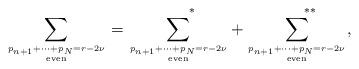
LaTeX: \begin{align*}\sum_{p_{n+1}+\cdots +p_N=r-2\nu \atop \rm even} = \sum_{p_{n+1}+\cdots +p_N=r-2\nu\atop \rm even}^{\ \ \ \ \ *} + \sum_{p_{n+1}+\cdots +p_N=r-2\nu \atop \rm even}^{\ \ \ \ \ **},\end{align*}